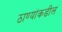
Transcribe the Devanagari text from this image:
ठाण्यांकडील